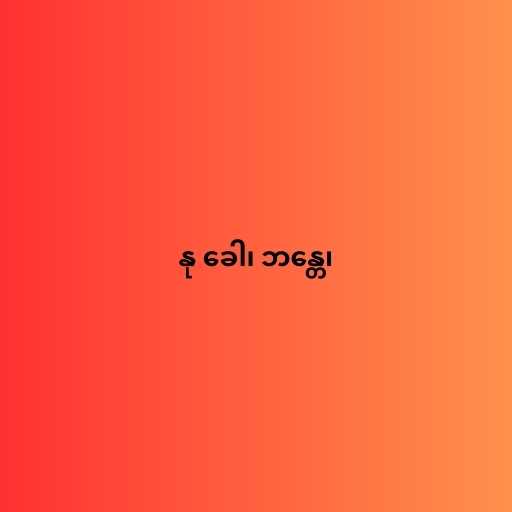
နု ခေါ၊ ဘန္တေ၊